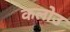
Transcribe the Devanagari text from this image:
कलोउ